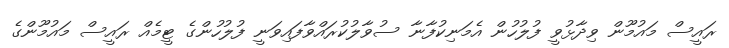
ރައީސް މައުމޫން ވިދާޅުވީ ފުލުހުން އެމަނިކުފާނާ ސުވާލުކުރައްވާފައިވަނީ ފުލުހުންގެ ޓީމެއް ރައީސް މައުމޫންގެ